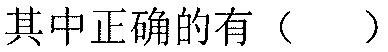
其中正确的有（  ）